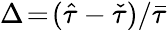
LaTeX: \Delta\! =\! (\hat{\tau}-\check{\tau})/\bar{\tau}